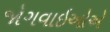
જોગવાઇઓએ